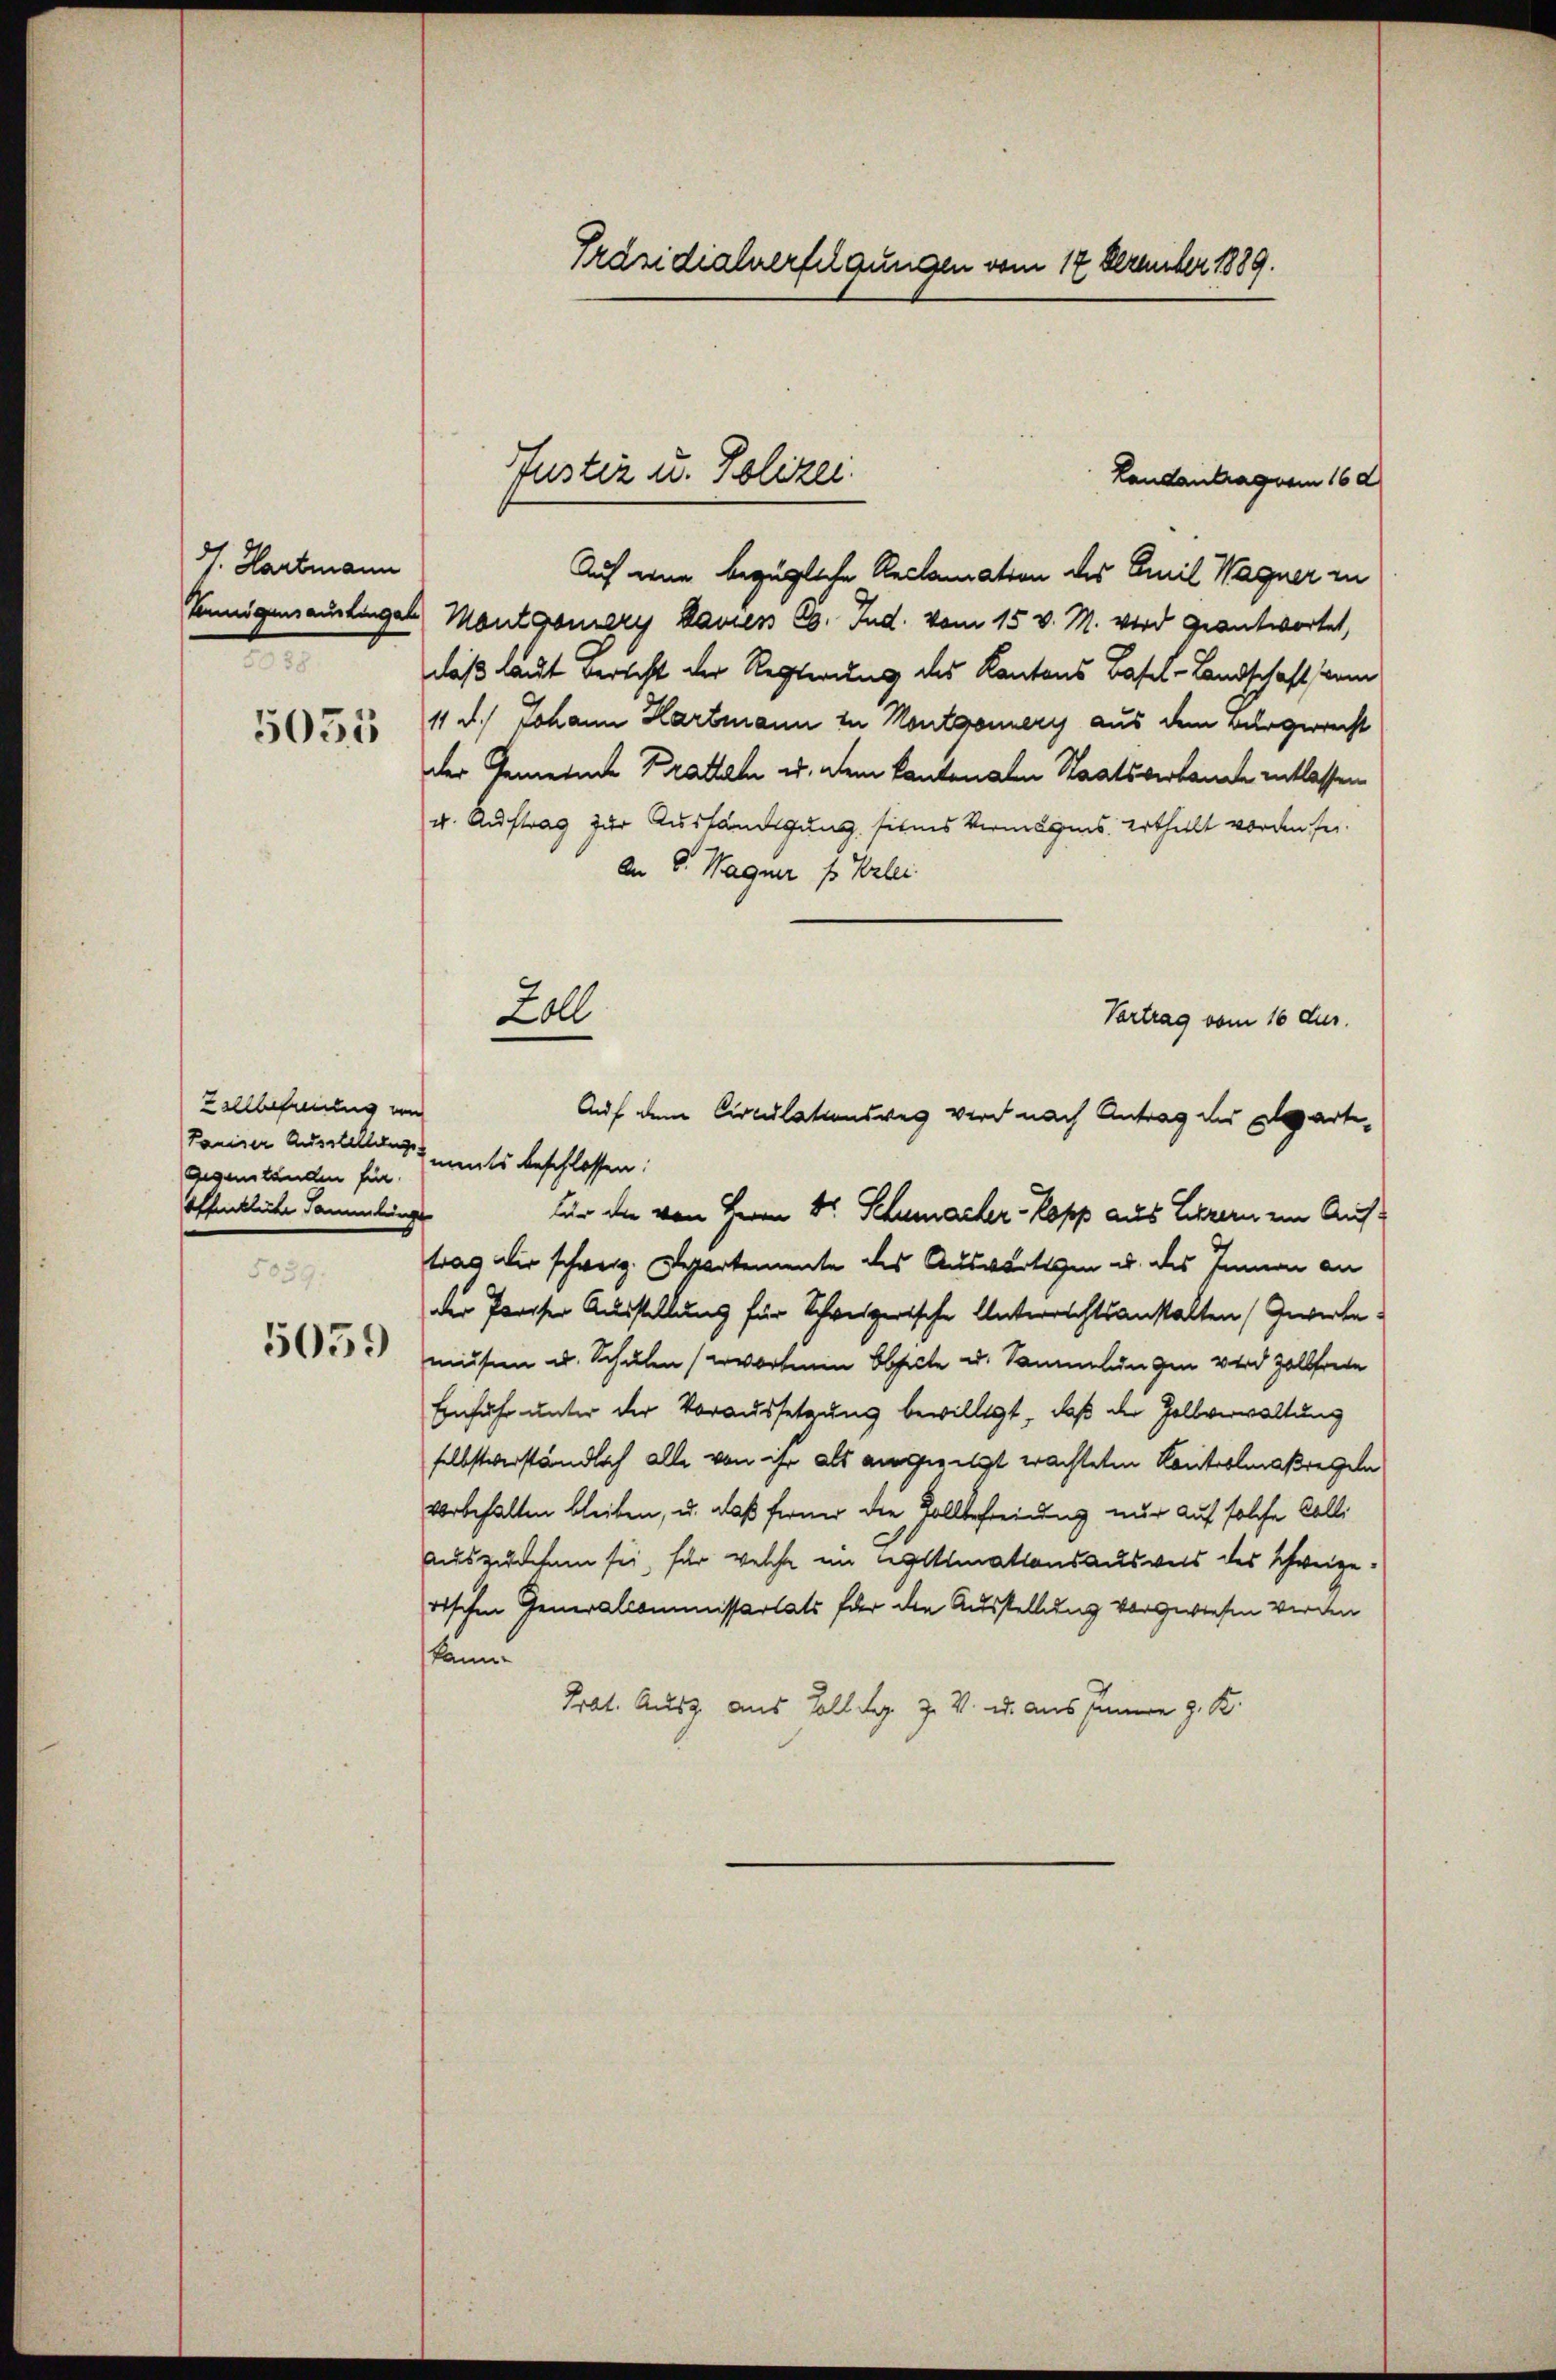
. Hartmann
5055

Zollbefreiung un
Gegenständen für
offentliche Sammlunge
5039.

5059

Landantragen 162
Auf eine bezügliche Reclamation des Emil Wagner in
Konnigenseitingen Montgomery kamen 6. Jud. vom 15. v. M. wird geantwortet,
daß laut verscht der Regierung des Kantons Basel-Landschaft vom
11 d. Johann Hartmann zu Kontgonery aus dem Bürgerrecht
der Gemeinde Prattal u. dem kantonalen Staatsverkannte entlassen
v. Auftrag zur Aushändigung seines Vermögens ertheilt worden fer¬
An 8. Wagner ss Verlei
Vertrag vom 10 dur
Auf dem Circulationsweg wird nach Antrag der Elgart
Panier Ausstellung ments beschlossen:
für die von Herrn Dr. Schumacher- Kopp aus Lehrern ein Auftrag dir schweiz. Departemente des Auswärtigen u. des Innen an
der Preiser Ausstellung für Schweizerische Unterrichtsanstalten (Gewerbe
musen u. Schulen (erworbenen Obseite u. Sammlungen wird Zollfreie
Einfuhr unter der Voraussetzung bewilligt, daß der Zollverwaltung
selbstverständlich alle von ihr als angeeigt wachteten Kontoolmaßregeln
vorbehalten bleiben, u. daß ferner die Zollbefreiung nur auf solche Colli
auszudehnen sei, für welche ein Legitimationsausweis des Schweizerischen Generalcommissariats für den Ausstellung vorgewiesen werden
kann
Prat. Ausz aus Zoll der Z. V. u. aus Innern z. K.

Präsidialverfolgungen vom 17 Dezember 1889.

Justiz u. Polizei.

Zoll